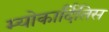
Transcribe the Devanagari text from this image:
म्योकार्दितिस